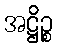
အဋ္ဌိဉ္စ